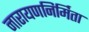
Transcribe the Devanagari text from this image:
नारायणनिर्मिता